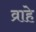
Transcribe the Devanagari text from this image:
व्राहे